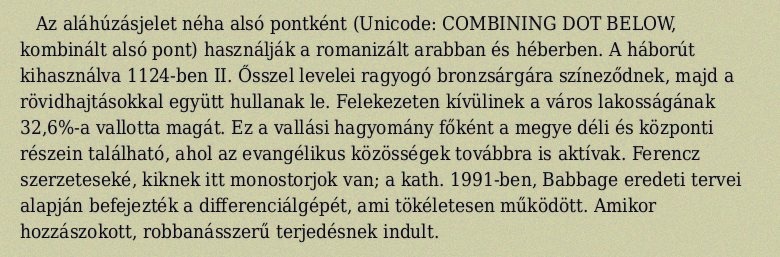
Az aláhúzásjelet néha alsó pontként (Unicode: COMBINING DOT BELOW, kombinált alsó pont) használják a romanizált arabban és héberben. A háborút kihasználva 1124-ben II. Ősszel levelei ragyogó bronzsárgára színeződnek, majd a rövidhajtásokkal együtt hullanak le. Felekezeten kívülinek a város lakosságának 32,6%-a vallotta magát. Ez a vallási hagyomány főként a megye déli és központi részein található, ahol az evangélikus közösségek továbbra is aktívak. Ferencz szerzeteseké, kiknek itt monostorjok van; a kath. 1991-ben, Babbage eredeti tervei alapján befejezték a differenciálgépét, ami tökéletesen működött. Amikor hozzászokott, robbanásszerű terjedésnek indult.